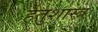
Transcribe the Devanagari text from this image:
हेतुशास्त्र